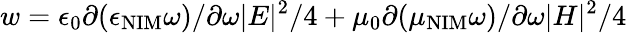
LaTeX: w=\epsilon_{0}\partial(\epsilon_{\mathrm{NIM}}\omega)/\partial\omega|E|^{2}/4+\mu_{0}\partial(\mu_{\mathrm{NIM}}\omega)/\partial\omega|H|^{2}/4